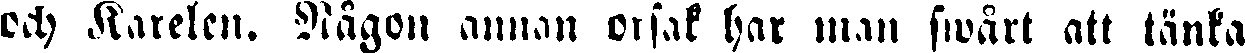
och Karelen. Nägon annan orsak har man swårt att tänka